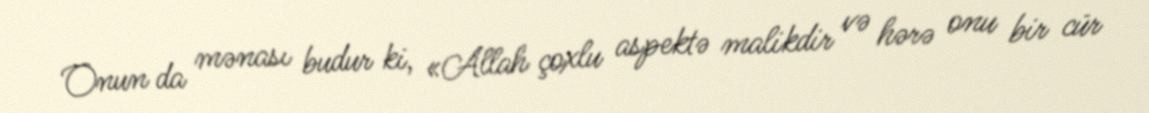
Onun da mənası budur ki, «Allah çoxlu aspektə malikdir və hərə onu bir cür